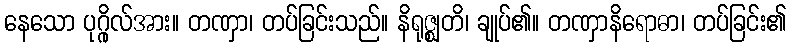
နေသော ပုဂ္ဂိုလ်အား။ တဏှာ၊ တပ်ခြင်းသည်။ နိရုဇ္ဈတိ၊ ချုပ်၏။ တဏှာနိရောဓာ၊ တပ်ခြင်း၏